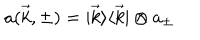
LaTeX: a ( \vec { k } , \pm ) = | \vec { k } \rangle \langle \vec { k } | \otimes a _ { \pm }